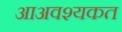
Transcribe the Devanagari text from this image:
आअवश्यकत